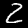
Label: 2